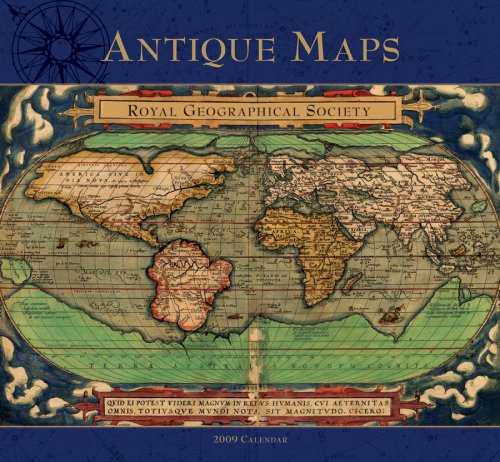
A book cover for Antique Maps 2009 Wall Calendar; Pomegranate; Calendars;